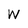
Character: w